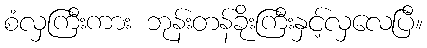
စံလှကြီးကား ဘုန်းတန်ခိုးကြီးနှင့်လှလေပြီ။